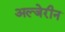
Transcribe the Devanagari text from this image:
अल्जेरीन